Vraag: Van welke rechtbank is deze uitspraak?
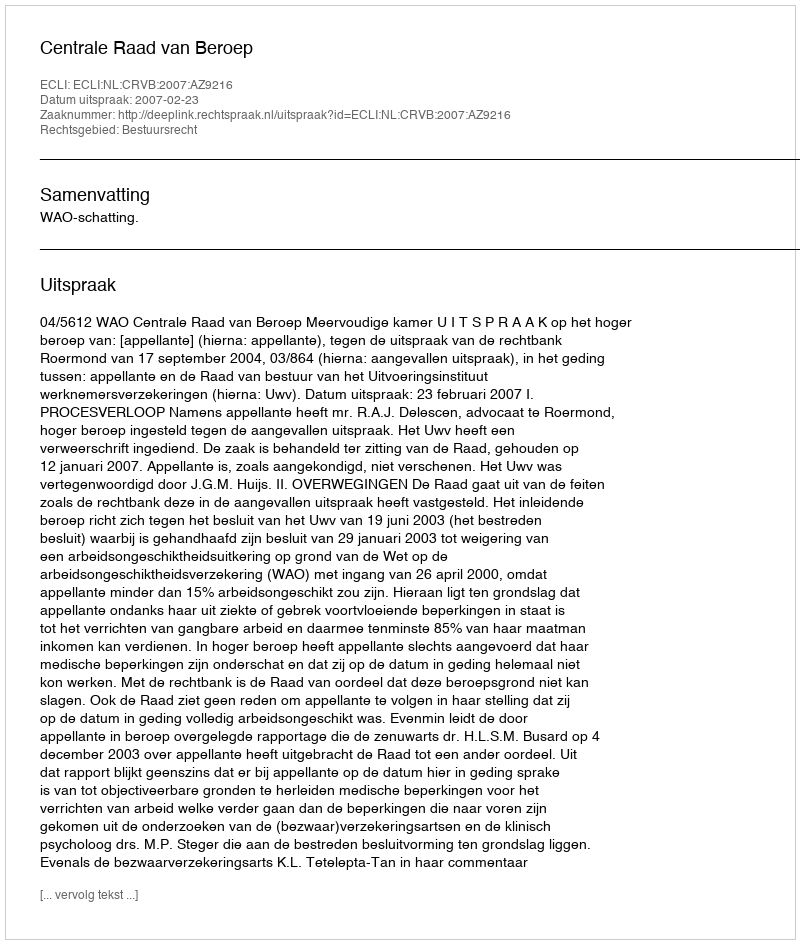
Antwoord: Centrale Raad van Beroep